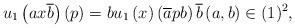
LaTeX: \begin{align*}u_{1}\left(ax\overline{b}\right)\left(p\right)=bu_{1}\left(x\right)\left(\overline{a}pb\right)\overline{b}\left(a,b\right)\in(1)^{2},\end{align*}